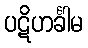
ပဋိဟင်္ခါမ